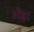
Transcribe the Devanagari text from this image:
स्नेडर